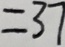
= 3 7